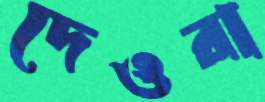
দেওরা